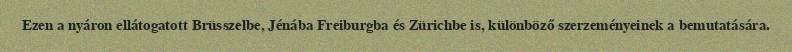
Ezen a nyáron ellátogatott Brüsszelbe, Jénába Freiburgba és Zürichbe is, különböző szerzeményeinek a bemutatására.